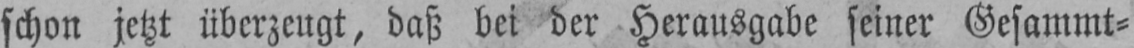
schon jetzt überzeugt, daß bei der Herausgabe seiner Gesammt⸗